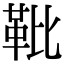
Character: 𩉫